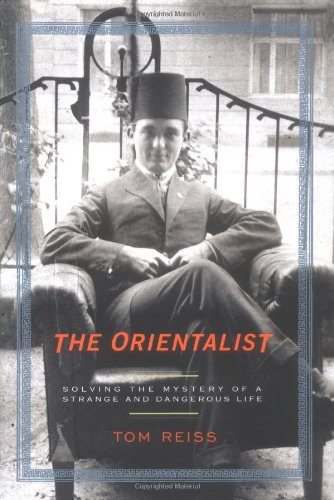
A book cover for The Orientalist: Solving the Mystery of a Strange and Dangerous Life; Tom Reiss; Biographies & Memoirs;